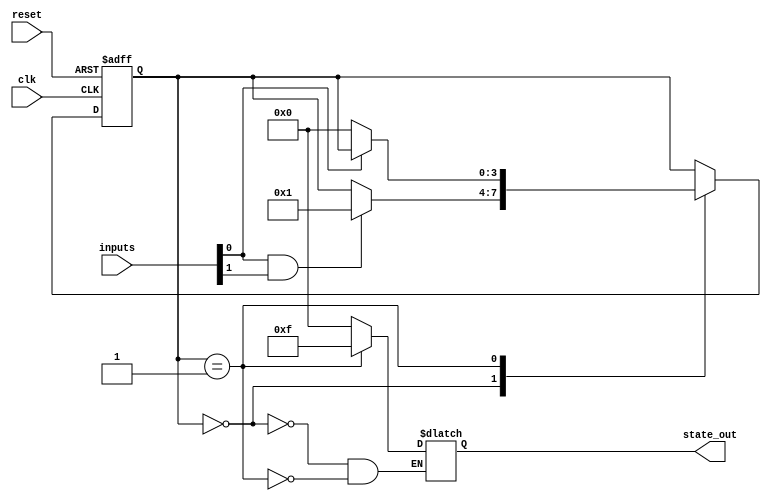
module moore_state_machine (
    input wire clk,
    input wire reset,
    input wire [1:0] inputs,
    output reg [3:0] state_out
);

parameter S0 = 2'b00; // define states
parameter S1 = 2'b01;

reg [3:0] state_reg; // define state register

always @ (posedge clk or posedge reset) begin
    if (reset) begin
        state_reg <= S0; // reset state to initial state
    end else begin
        case (state_reg)
            S0: begin
                if (inputs[0] && inputs[1]) begin
                    state_reg <= S1; // transition to S1
                end
            end
            S1: begin
                if (!inputs[0]) begin
                    state_reg <= S0; // transition to S0
                end
            end
        endcase
    end
end

always @* begin
    case (state_reg)
        S0: state_out = 4'b0000; // output values for each state
        S1: state_out = 4'b1111;
    endcase
end

endmodule